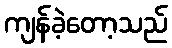
ကျန်ခဲ့တော့သည်